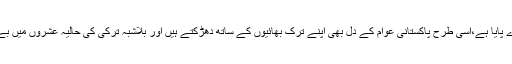
زلزلہ ہو یا سیلاب، پاکستانی عوام نے ترک بھائیوں کو اپنے شانہ بشانہ کھڑے پایا ہے،اِسی طرح پاکستانی عوام کے دل بھی اپنے ترک بھائیوں کے ساتھ دھڑکتے ہیں اور بلاشبہ ترکی کی حالیہ عشروں میں بے مثال اور تیز رفتار ترقی پاکستان کے لئے رول ماڈل کی حیثیت رکھتی ہے۔